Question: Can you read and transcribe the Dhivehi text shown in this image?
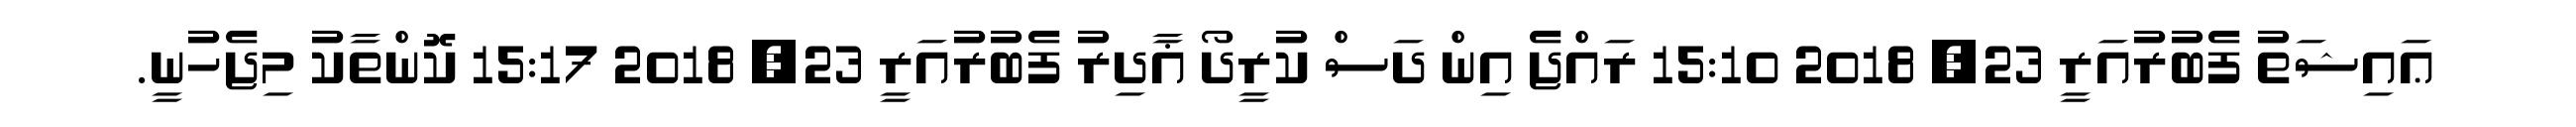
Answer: ޢައިޝަތު ފެބުރުއަރީ 23, 2018 15:10 ރައްޖެ އިން ދަސް ކުރީދޯ ޣާދިރު ފެބުރުއަރީ 23, 2018 15:17 ކޮންތާކު މިޖެހުނީ.